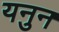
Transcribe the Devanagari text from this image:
यनुन